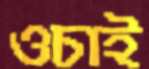
ওচাই